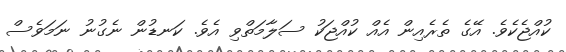
ކުއްޖެކެވެ. އޭގެެ ތެރެއިން އެއް ކުއްޖަކު ސަލާމަތްވި އެވެ. ކަނޑުން ނެގުނު ނަމަވެސް